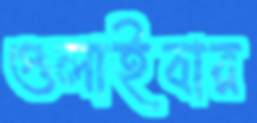
গুলাইবার